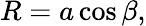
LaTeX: R=a\cos\beta,